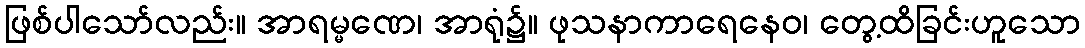
ဖြစ်ပါသော်လည်း။ အာရမ္မဏေ၊ အာရုံ၌။ ဖုသနာကာရေနေဝ၊ တွေ့ထိခြင်းဟူသော